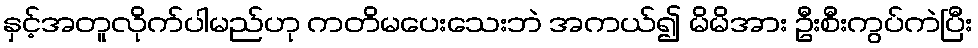
နှင့်အတူလိုက်ပါမည်ဟု ကတိမပေးသေးဘဲ အကယ်၍ မိမိအား ဦးစီးကွပ်ကဲပြီး